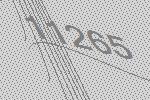
11265